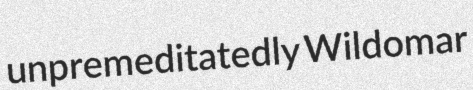
unpremeditatedly Wildomar